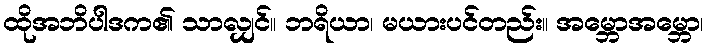
ထိုအဘိပါဒက၏ သာလျှင်။ ဘရိယာ၊ မယားပင်တည်း။ အမ္ဘောအမ္ဘော၊